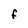
Character: F